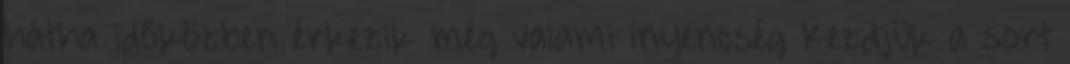
hátha időközben érkezik még valami ínyencség Kezdjük a sort